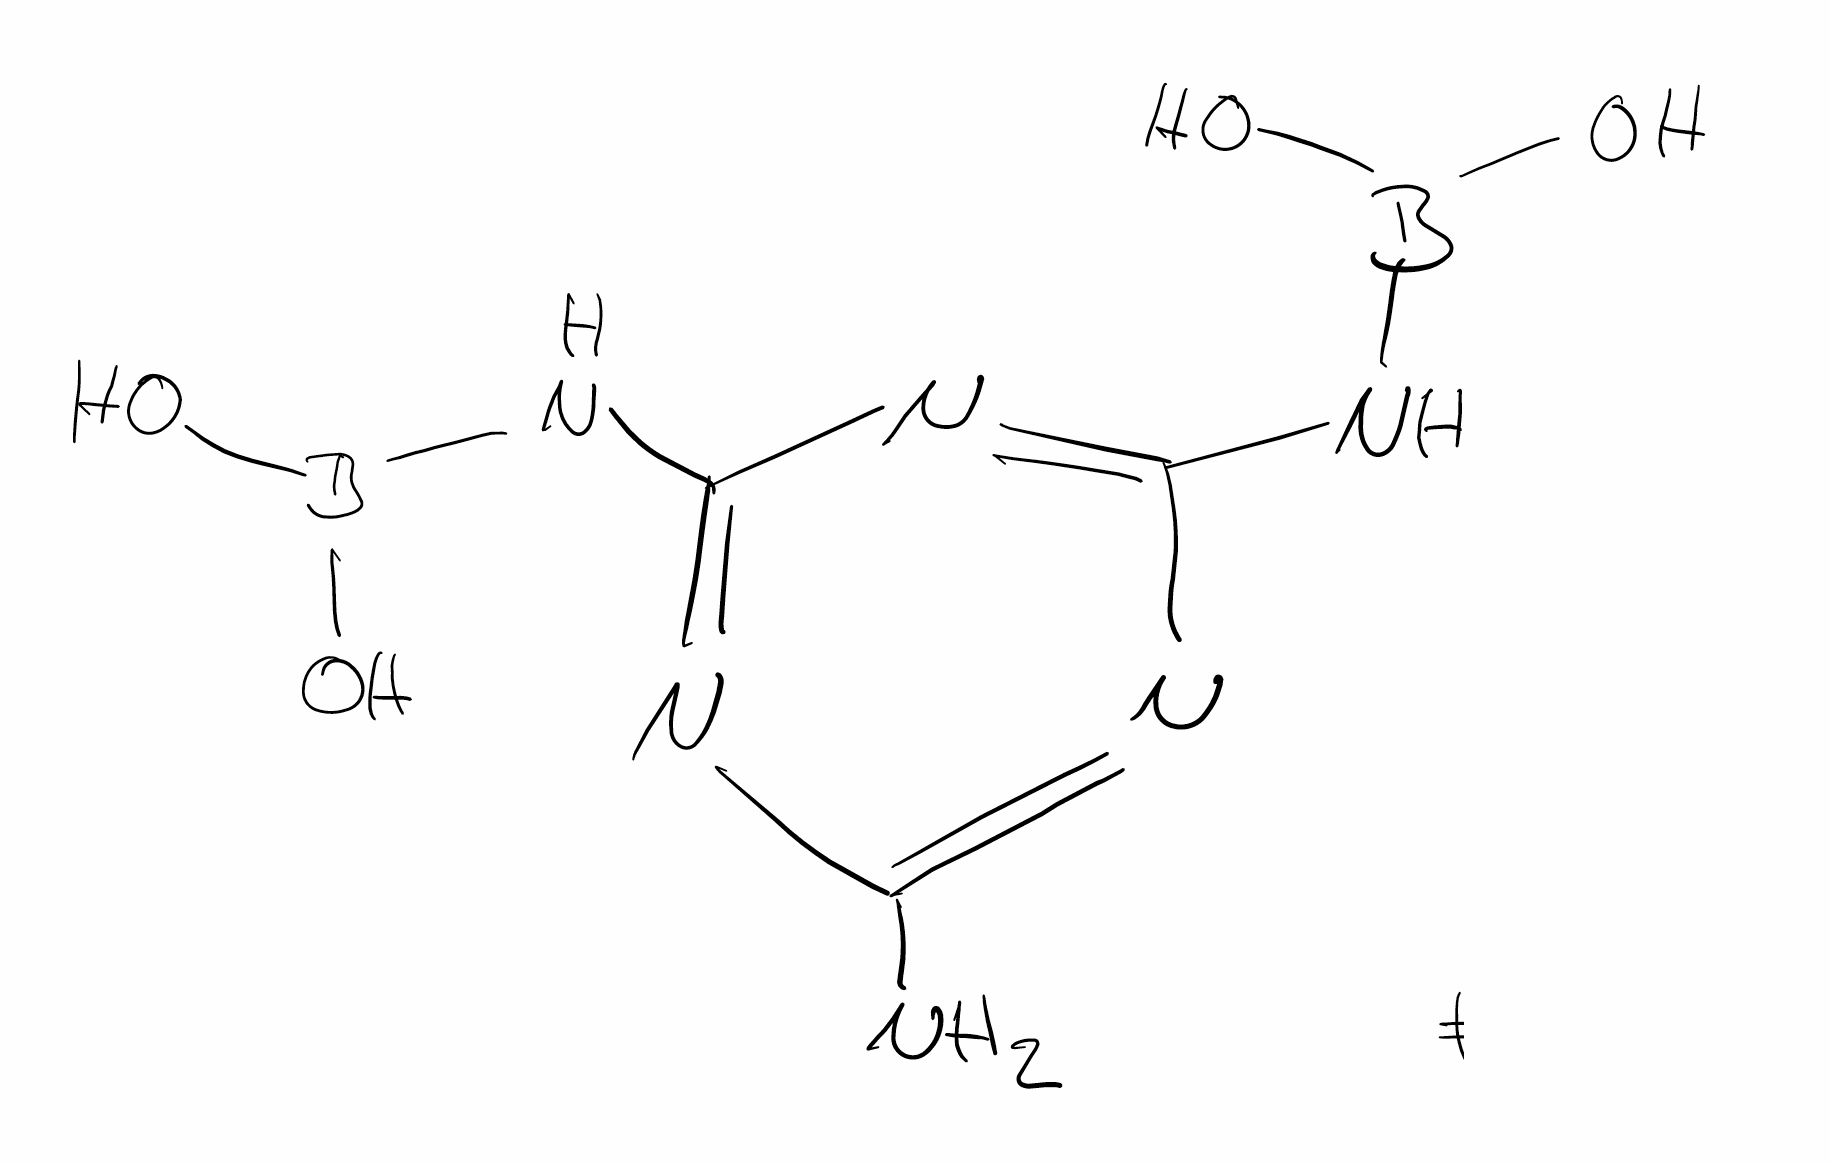
Simplified molecular-input line-entry system (SMILES) notation of the given molecule:
B(NC1=NC(=NC(=N1)N)NB(O)O)(O)O